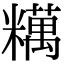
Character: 䊪